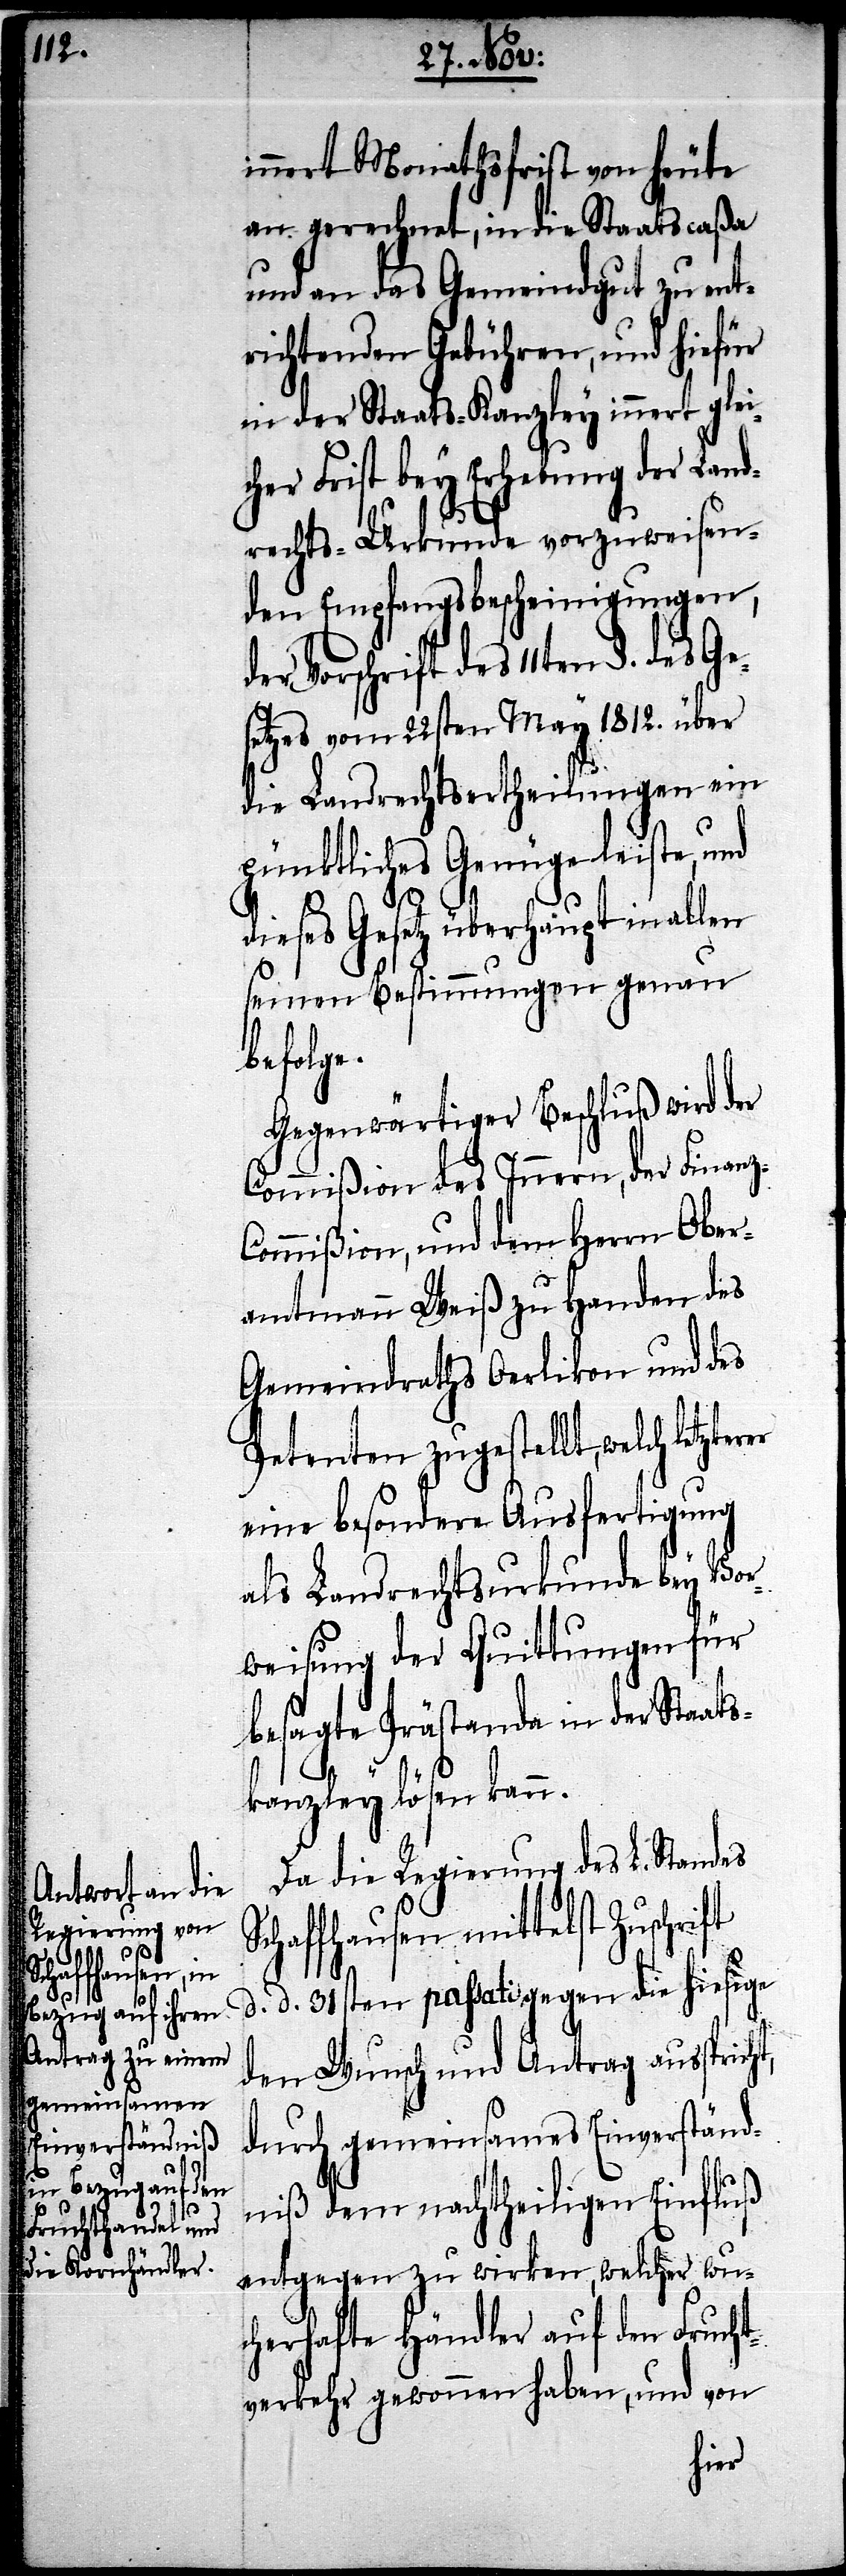
innert Monathsfrist von heute
an gerechnet, in die Staatscaßa
und an das Gemeindgut zu ent¬
richtenden Gebühren, und hiefür
in der Staats-Kanzley innert glei¬
Frist bey Erhebung der La¬
ndrechts-Urkunde vorzuweisen¬
den Empfangsbescheinigungen,
des 11ten §. des Ge¬
setzes vom 22sten May 1812. über
die Landrechtsertheilungen ein
pünktliches Genüge leiste, und
dieses Gesetz überhaupt in allen
seinen Bestimmungen genau
befolge.
Gegenwärtiger Beschluß wird der
Commißion des Innern, der Finanz-C¬
ommißion, und dem Herrn Ober¬
amtmann Weiß zu Handen des
Gemeindraths Oerlikon und des
Petenten zugestellt, welch
eine besondere Ausfertigung
als Landrechtsurkunde bey Vor¬
weisung der Quittungen für
besagte Prästanda in der Staat¬
t,
skanzley lösen kann.
Da die Regierung des L. Standes
Schaffhausen mittelst Zuschrift
d. d. 31sten passati gegen die hiesige
den Wunsch und Antrag aussprich¬
durch gemeinsames Einverständ¬
nis dem nachtheiligen Einfluß
entgegen zu wirken, welcher wu¬
cherhafte Händler auf den Frucht¬
verkehr gewonnen haben, und von
cher